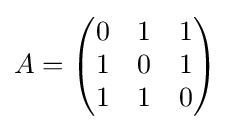
A={\begin{pmatrix}0&1&1\\1&0&1\\1&1&0\end{pmatrix}}